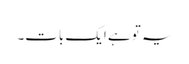
یہ تو ہے ایک بات۔